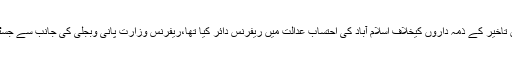
یاد رہے کہ گذشتہ سال ستمبر میں نیب راولپنڈی نے نندی پورپاور منصوبے میں تاخیر کے ذمہ داروں کیخلاف اسلام آباد کی احتساب عدالت میں ریفرنس دائر کیا تھا،ریفرنس وزارت پانی وبجلی کی جانب سے جسٹس (ر) رحمت حسین جعفری کمیشن کی رپورٹ کی روشنی میں تیار کیا گیا تھا۔